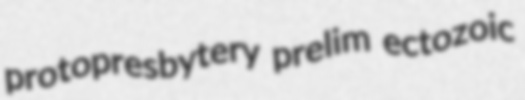
protopresbytery prelim ectozoic